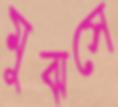
মুঝসে